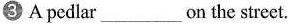
③ A pedlar___on the street.